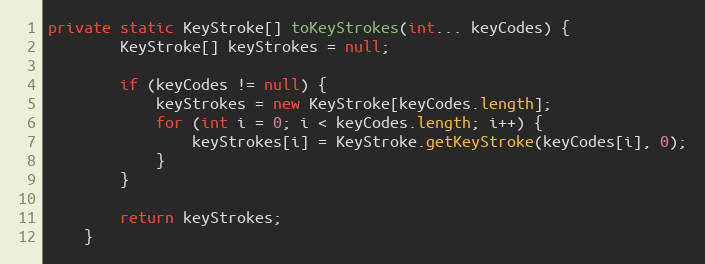
Language: Java
private static KeyStroke[] toKeyStrokes(int... keyCodes) {
        KeyStroke[] keyStrokes = null;

        if (keyCodes != null) {
            keyStrokes = new KeyStroke[keyCodes.length];
            for (int i = 0; i < keyCodes.length; i++) {
                keyStrokes[i] = KeyStroke.getKeyStroke(keyCodes[i], 0);
            }
        }

        return keyStrokes;
    }